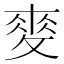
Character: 𢾶